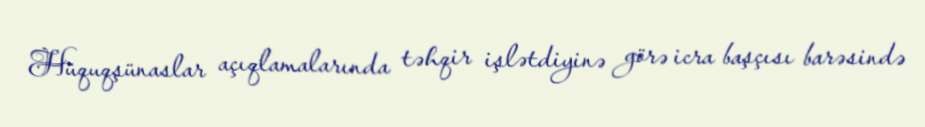
Hüquqşünaslar açıqlamalarında təhqir işlətdiyinə görə icra başçısı barəsində